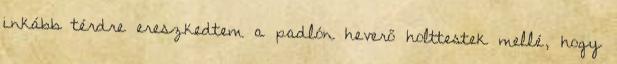
inkább térdre ereszkedtem a padlón heverő holttestek mellé, hogy